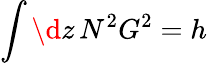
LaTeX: \int\d z\, N^{2}G^{2}=h